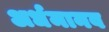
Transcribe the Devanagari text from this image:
अर्धमानव